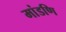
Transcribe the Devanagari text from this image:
मांडणि